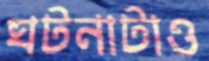
ঘটনাটাও